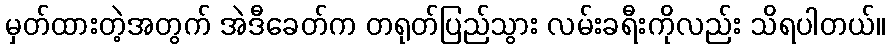
မှတ်ထားတဲ့အတွက် အဲဒီခေတ်က တရုတ်ပြည်သွား လမ်းခရီးကိုလည်း သိရပါတယ်။